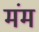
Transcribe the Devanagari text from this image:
मंम